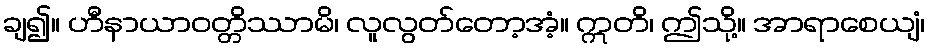
ချ၍။ ဟီနာယာဝတ္တိဿာမိ၊ လူလွတ်တော့အံ့။ ဣတိ၊ ဤသို့။ အာရာစေယျံ၊